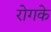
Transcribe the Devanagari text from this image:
रोगके